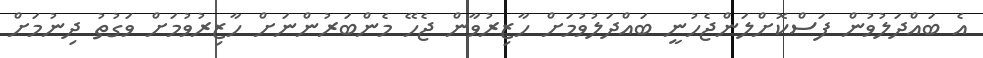
އެ ބައްދަލުވުން ފަސްކޮށްލަންޖެހުނީ ބައްދަލުވުމަށް ހާޒިރުވާން ޖެހޭ މެންބަރުންނަށް ހާޒިރުވުމަށް ވަގުތު ދިނުމަށް